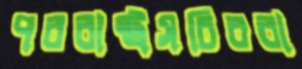
পররাষ্ট্রসচিবরা